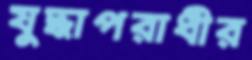
যুদ্ধাপরাধীর